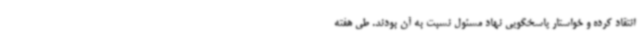
انتقاد کرده و خواستار پاسخگویی نهاد مسئول نسبت به آن بودند. طی هفته